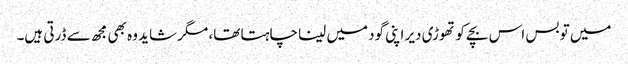
میں تو بس اس بچے کو تھوڑی دیر اپنی گود میں لینا چاہتا تھا، مگر شاید وہ بھی مجھ سے ڈرتی ہیں۔